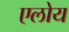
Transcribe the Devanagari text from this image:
एलोय